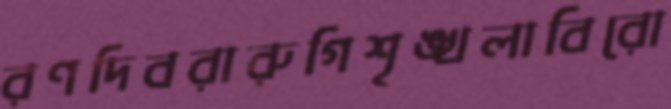
রণদিবরারুগিশৃঙ্খলাবিরো